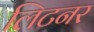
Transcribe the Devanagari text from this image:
लिटनर